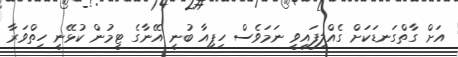
އަށް ގާތްގަނޑަކަށް ގެއްލިފައިވީ ނަމަވެސް ހިޕިއާ ބުނީ އޭނާގެ ޓީމުން ކުޅޭނީ ހިތްވަރާ